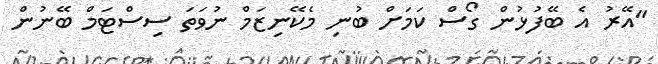
"އޭރު އެ ބޭފުޅުން ގޯސް ކަމަށް ބުނި މެކޭނިޒަމް ނުވަތަ ސިސްޓަމް ބޭނުން